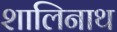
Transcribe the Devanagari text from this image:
शालिनाथ